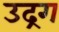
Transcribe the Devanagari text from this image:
उद्रग